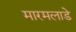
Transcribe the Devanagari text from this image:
मारमलाडे